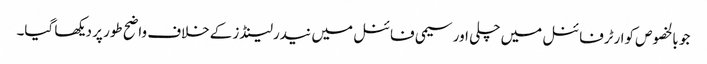
جو بالخصوص کوارٹرفائنل میں چلی اور سیمی فائنل میں نیدرلینڈز کےخلاف واضح طور پر دیکھا گیا۔